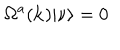
\Omega ^ { a } ( { \bf { k } } ) | \nu \rangle = 0 \;